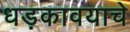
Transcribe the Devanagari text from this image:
धड़कावयाचे